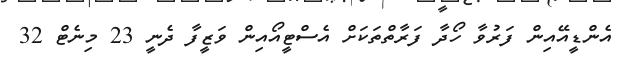
އެންޑީއޭއިން ފަރުވާ ހޯދާ ފަރާތްތަކަށް އެސްޓީއޯއިން ވަޒީފާ ދެނީ 23 މިނެޓް 32